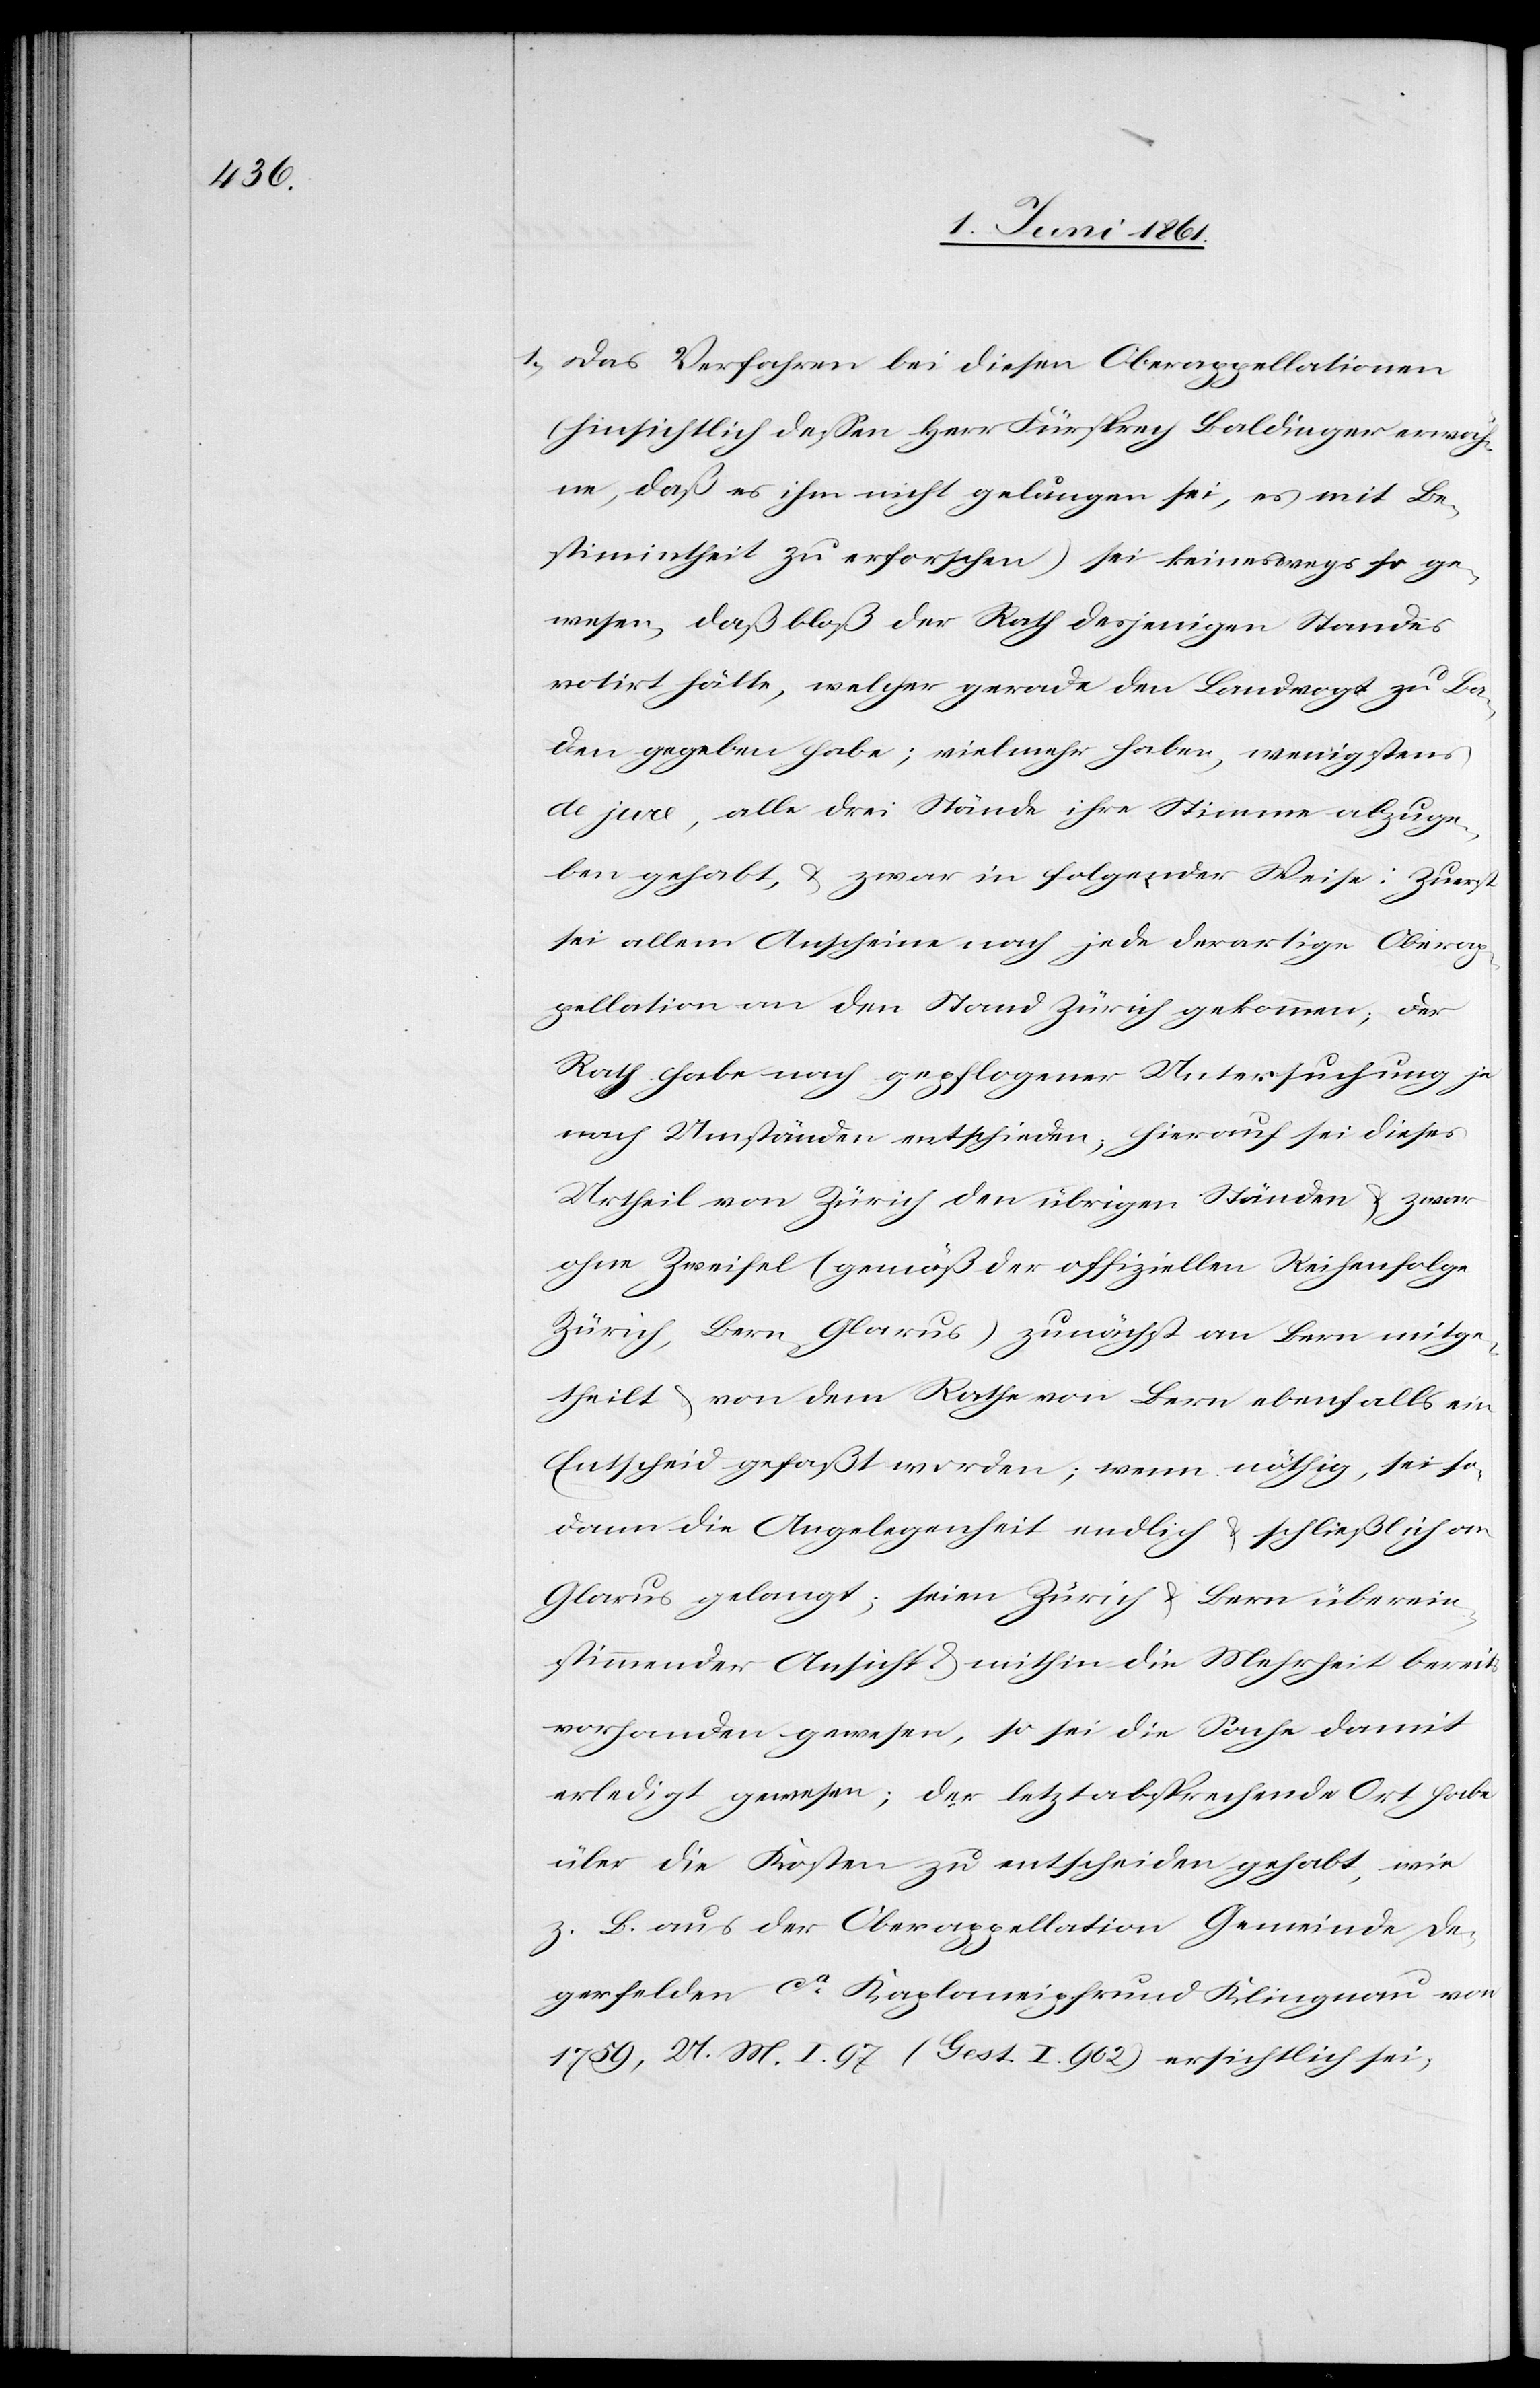
1) Das Verfahren bei diesen Oberappellationen
(hinsichtlich dessen Herr Fürsprech Baldinger erwäh¬
ne, daß es ihm nicht gelungen sei, es mit Be¬
stimmtheit zu erforschen) sei keineswegs so ge¬
wesen, daß bloß der Rath desjenigen Standes
notirt hätte, welcher gerade den Landvogt zu Ba¬
den gegeben habe; vielmehr haben, wenigstens
de jure, alle drei Stände ihre Stimme abzuge¬
ben gehabt, u. zwar in folgender Weise: Zuerst
sei allem Anscheine nach jede derartige Oberap¬
pellation an den Stand Zürich gekommen; der
Rath habe nach gepflogener Untersuchung je
nach Umständen entschieden, hierauf sei dieses
Urtheil von Zürich den übrigen Ständen u. zwar
ohne Zweifel (gemäß der offiziellen Reihenfolge
Zürich, Bern, Glarus) zunächst an Bern mitge¬
theilt u. von dem Rathe von Bern ebenfalls ein
Entscheid gefaßt worden; wenn nöthig, sei so¬
dann die Angelegenheit endlich u. schließlich an
Glarus gelangt; seien Zürich u. Bern überein¬
stimmender Ansicht u. mithin die Mehrheit bereits
vorhanden gewesen, so sei die Sache damit
erledigt gewesen; der letztabsprechende Ort habe
über die Kosten zu entscheiden gehabt, wie
z. B. aus der Oberappellation Gemeinde De¬
gerfelden ca Kaplaneipfrund Klingnau von
1759, U. M. I. 97 (gest. I 902) ersichtlich sei,